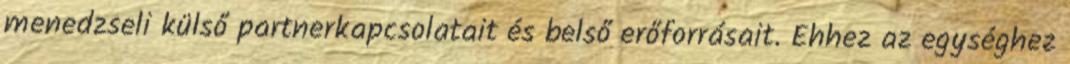
menedzseli külső partnerkapcsolatait és belső erőforrásait. Ehhez az egységhez